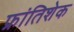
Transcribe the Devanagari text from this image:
फ्रांतिशेक